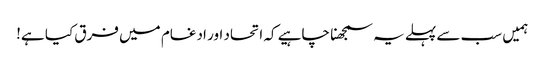
ہمیں سب سے پہلے یہ سمجھنا چاہیے کہ اتحاد اور ادغام میں فرق کیا ہے!